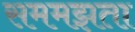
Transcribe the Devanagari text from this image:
सममझता